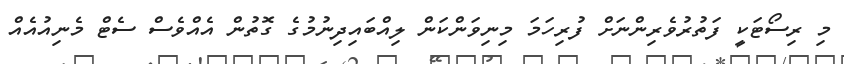
މި ރިސޯޓަކީ ފަތުރުވެރިންނަށް ފުރިހަމަ މިނިވަންކަން ލިއްބައިދިނުމުގެ ގޮތުން އެއްވެސް ސެޓް މެނިއުއެއް